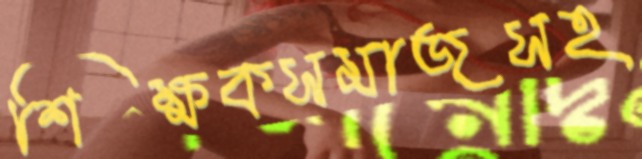
শিক্ষকসমাজসহ